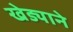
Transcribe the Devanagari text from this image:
खेड्याने